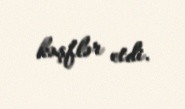
kəşflər etdi.